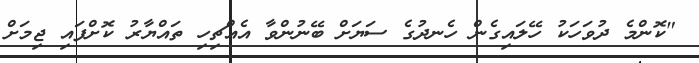
"ކޮންމެ ދުވަހަކު ހޭލައިގެން ހެނދުގެ ސަޔަށް ބޭނުންވާ އެއްޗިހި ތައްޔާރު ކޮށްފައި ޖިމަށް